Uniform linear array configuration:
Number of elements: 32
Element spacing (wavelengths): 0.5
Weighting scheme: cosine
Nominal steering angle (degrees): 0
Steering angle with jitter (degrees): -1.848
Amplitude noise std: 0.05
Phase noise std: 0.05

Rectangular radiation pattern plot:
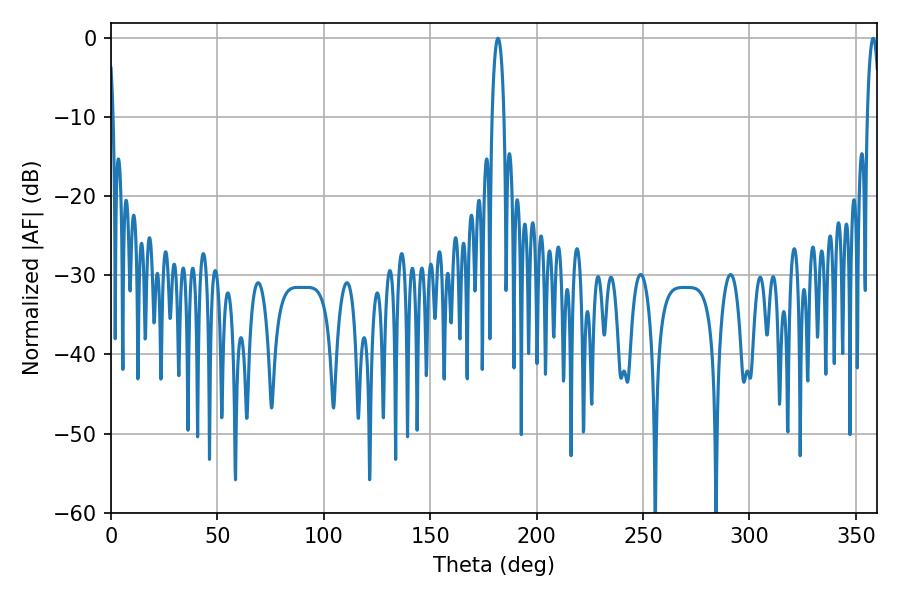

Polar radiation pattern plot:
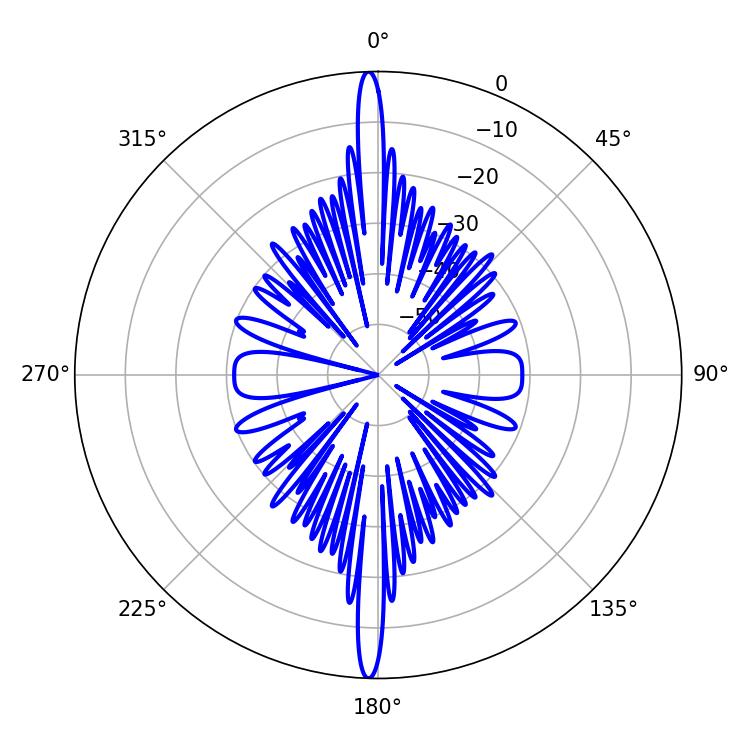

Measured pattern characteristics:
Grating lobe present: FALSE
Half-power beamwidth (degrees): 3.06
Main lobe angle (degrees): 181.8